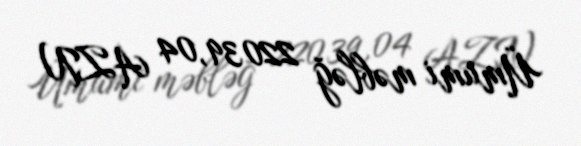
Ümumi məbləğ 22039,04 AZN